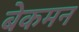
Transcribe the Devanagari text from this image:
बेकमन